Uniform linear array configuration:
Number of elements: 4
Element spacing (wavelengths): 0.75
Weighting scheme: kaiser
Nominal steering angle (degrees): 0
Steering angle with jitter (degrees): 1.063
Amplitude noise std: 0.05
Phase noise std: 0.05

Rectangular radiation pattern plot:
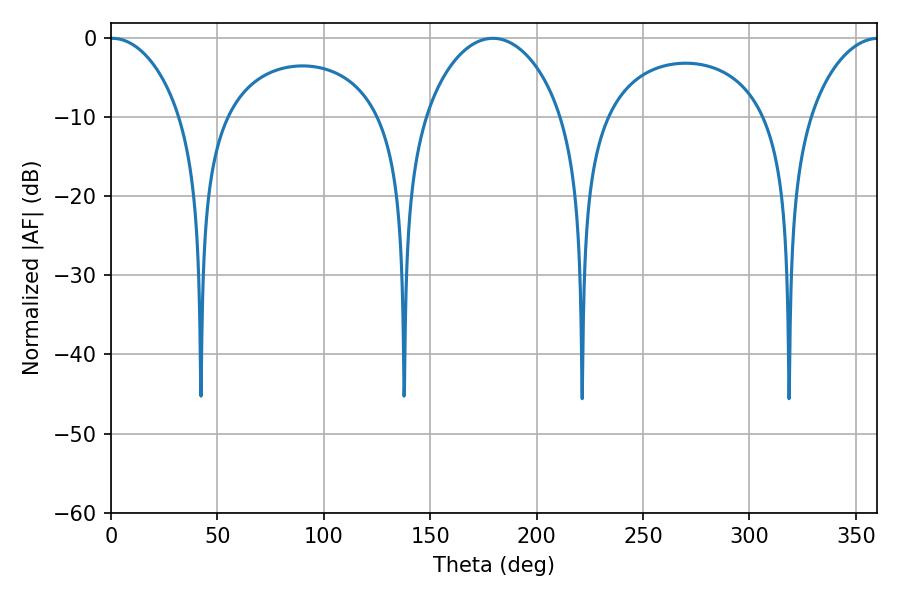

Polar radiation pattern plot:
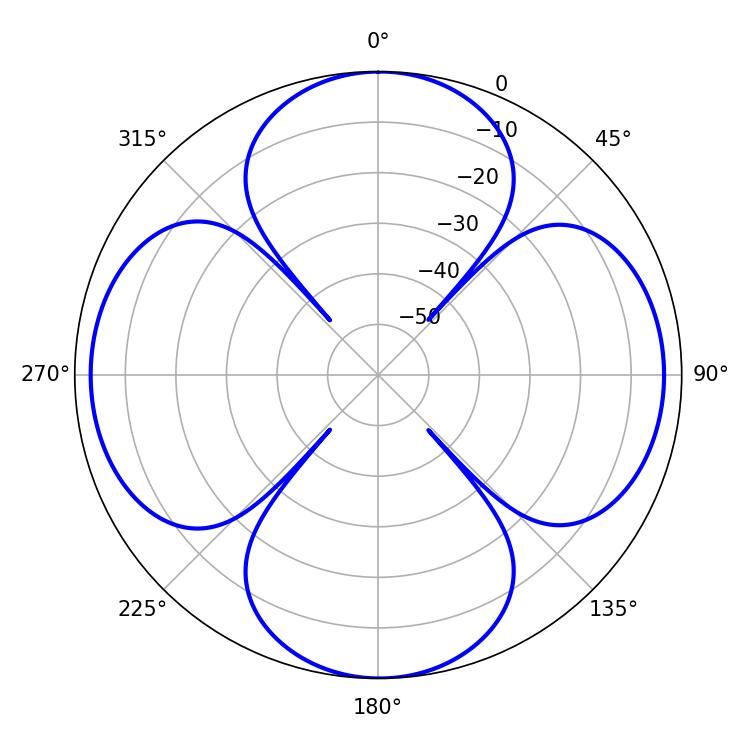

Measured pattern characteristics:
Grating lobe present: TRUE
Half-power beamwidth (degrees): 18.9
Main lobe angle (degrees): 0.54